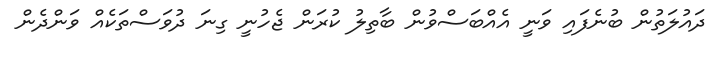
ދައުލަތުން ބުނެފައި ވަނީ އެއްބަސްވުން ބާތިލު ކުރަން ޖެހުނީ ގިނަ ދުވަސްތަކެއް ވަންދެން